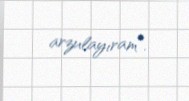
arzulayıram”.